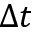
\Delta t